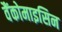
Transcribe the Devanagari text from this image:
वैंकोमाइसिन